Vaccination North-Western Provinces 1866-1877 - 1866-1877
Year: 1866
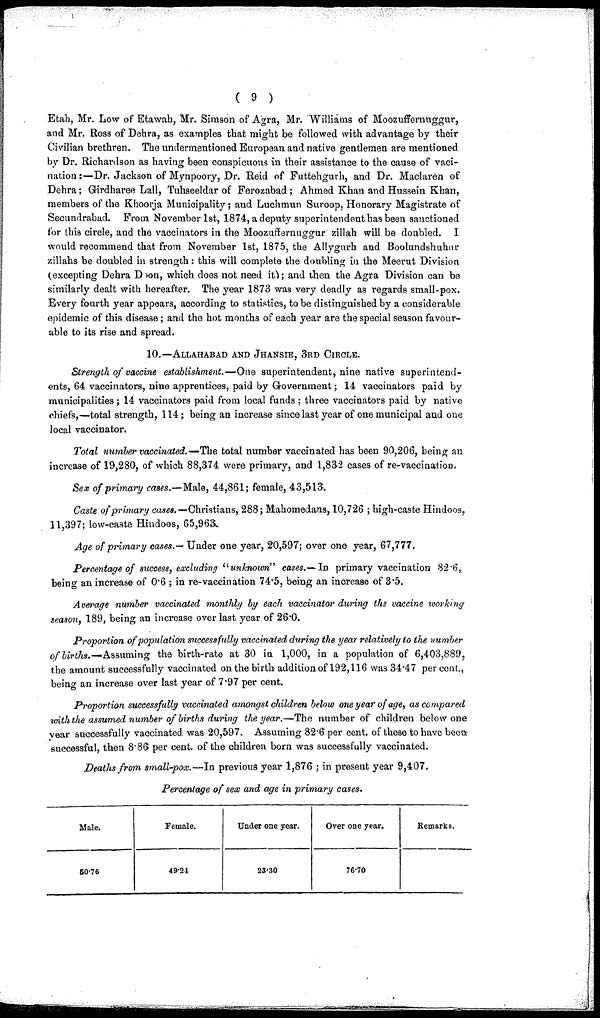
( 9 )
Etah, Mr. Low of Etawah, Mr. Simson of Agra, Mr. Williams of Moozuffernuggur,
and Mr. Ross of Dehra, as examples that might be followed with advantage by their
Civilian brethren. The undermentioned European and native gentlemen are mentioned
by Dr. Richardson as having been conspicuous in their assistance to the cause of vaci-
-ation :—Dr. Jackson of Mynpoory, Dr. Reid of Futtehgurh, and Dr. Maclaren of
Dehra; Girdharee Lall, Tuhseeldar of Ferozabad ; Ahmed Khan and Hussein Khan,
members of the Khoorja Municipality; and Luchmun Suroop, Honorary Magistrate of
Secundrabad. From November 1st, 1874, a deputy superintendent has been sanctioned
for this circle, and the vaccinators in the Moozuffernuggur zillah will be doubled. I
would recommend that from November 1st, 1875, the Allygurh and Boolundshuhur
zillahs be doubled in strength: this will complete the doubling in the Meerut Division
(excepting Dehra Doon, which does not need it); and then the Agra Division can be
similarly dealt with hereafter. The year 1873 was very deadly as regards small-pox.
Every fourth year appears, according to statistics, to be distinguished by a considerable
epidemic of this disease; and the hot months of each year are the special season favour-
able to its rise and spread.
10.—ALLAHABAD AND JHANSIE, 3RD CIRCLE.
Strength of vaccine establishment.—One superintendent, nine native superintend-
ents, 64 vaccinators, nine apprentices, paid by Government; 14 vaccinators paid by
municipalities ; 14 vaccinators paid from local funds ; three vaccinators paid by native
chiefs,—total strength, 114; being an increase since last year of one municipal and one
local vaccinator.
Total number vaccinated.—The total number vaccinated has been 90,206, being an
increase of 19,280, of which 88,374 were primary, and 1,832 cases of re-vaccination.
Sex of primary cases.—Male, 44,861; female, 43,513.
Caste of primary cases.—Christians, 288; Mahomedans, 10,726 ; high-caste Hindoos,
11,397; low-caste Hindoos, 65,963.
Age of primary cases.— Under one year, 20,597; over one year, 67,777.
Percentage of success, excluding "unknown" cases.—In primary vaccination 82.6,
being an increase of 0.6 ; in re-vaccination 74.5, being an increase of 3.5.
Average number vaccinated monthly by each vaccinator during the vaccine working
season, 189, being an increase over last year of 26.0.
Proportion of population successfully vaccinated during the year relatively to the number
of births.—Assuming the birth-rate at 30 in 1,000, in a population of 6,403,889,
the amount successfully vaccinated on the birth addition of 192,116 was 34.47 per cent.,
being an increase over last year of 7.97 per cent.
Proportion successfully vaccinated amongst children below one year of age, as compared
with the assumed number of births during the year.—The number of children below one
year successfully vaccinated was 20,597. Assuming 82.6 per cent. of these to have been
successful, then 8.86 per cent. of the children born was successfully vaccinated.
Deaths from small-pox.—In previous year 1,876 ; in present year 9,407.
Percentage of sex and age in primary cases.
Male.
50.76
Female.
49.24
Under one year.
23.30
Over one year.
76.70
Remarks.